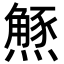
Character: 𭶝